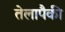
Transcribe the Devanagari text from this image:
तेलापैकी